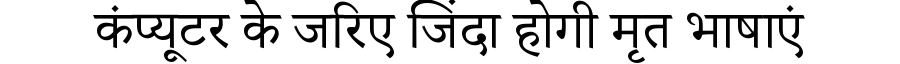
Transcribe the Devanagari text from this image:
कंप्यूटर के जरिए जिंदा होगी मृत भाषाएं